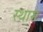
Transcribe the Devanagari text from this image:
स्थाम